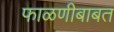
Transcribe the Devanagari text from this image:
फाळणीबाबत